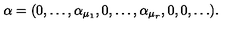
\alpha = ( 0 , \ldots , \alpha _ { \mu _ { 1 } } , 0 , \ldots , \alpha _ { \mu _ { r } } , 0 , 0 , \ldots ) .